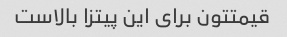
قیمتتون برای این پیتزا بالاست